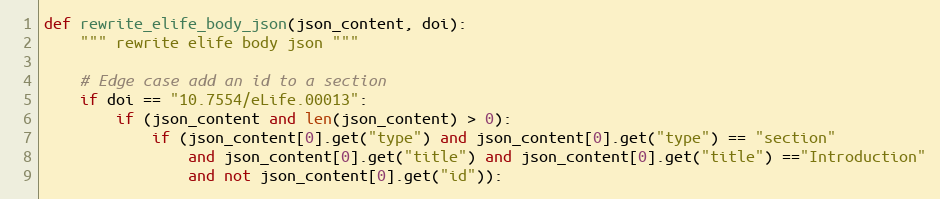
Language: Python
def rewrite_elife_body_json(json_content, doi):
    """ rewrite elife body json """

    # Edge case add an id to a section
    if doi == "10.7554/eLife.00013":
        if (json_content and len(json_content) > 0):
            if (json_content[0].get("type") and json_content[0].get("type") == "section"
                and json_content[0].get("title") and json_content[0].get("title") =="Introduction"
                and not json_content[0].get("id")):